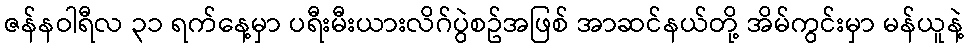
ဇန်နဝါရီလ ၃၁ ရက်နေ့မှာ ပရီးမီးယားလိဂ်ပွဲစဥ်အဖြစ် အာဆင်နယ်တို့ အိမ်ကွင်းမှာ မန်ယူနဲ့